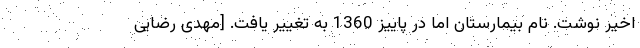
اخیر نوشت. نام بیمارستان اما در پاییز 1360 به تغییر یافت. [مهدی رضایی